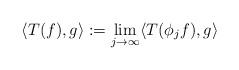
LaTeX: \begin{align*}\langle T(f),g\rangle:=\lim_{j\to\infty}\langle T(\phi_jf),g\rangle\end{align*}